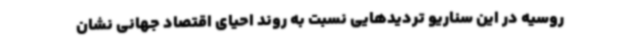
روسیه در این سناریو تردیدهایی نسبت به روند احیای اقتصاد جهانی نشان